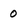
Character: 0